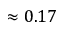
\approx 0 . 1 7